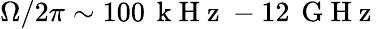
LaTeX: \Omega{/2\pi}\sim 100\, \mathrm{~k~H~z~}-12\, \mathrm{~G~H~z~}